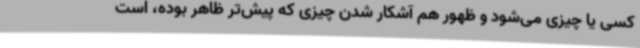
کسی یا چیزی می‌شود و ظهور هم آشکار شدن چیزی که پیش‌تر ظاهر بوده، است